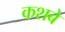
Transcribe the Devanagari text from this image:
कशबे